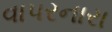
વાપરનારા